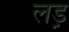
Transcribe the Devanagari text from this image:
लड़़